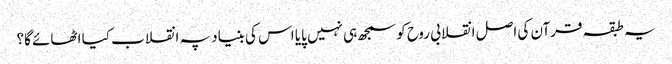
یہ طبقہ قرآن کی اصل انقلابی روح کو سمجھ ہی نہیں پایا اس کی بنیاد پہ انقلاب کیا اٹھائے گا؟